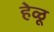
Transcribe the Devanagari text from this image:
हेळू